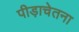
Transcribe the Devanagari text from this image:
पीड़ाचेतना